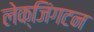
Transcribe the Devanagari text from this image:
लेक्जिंगटन